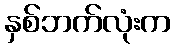
နှစ်ဘက်လုံးက